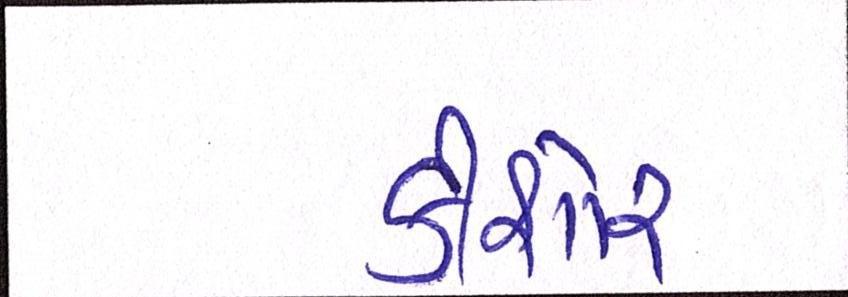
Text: કીશોર